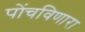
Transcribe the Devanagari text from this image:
पोंचविणारा